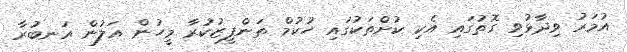
އުމަރު ވިދާޅުވި ގޮތުގައި އެކި ކުށްތަކުގައި ހުކުމް ތަންފީޒުކުރާ މީހުން އަލުން އަނބުރާ